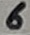
Text: 6